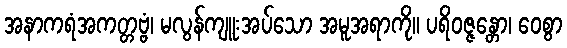
အနာကရံအကတ္တဗ္ဗံ၊ မလွန်ကျူးအပ်သော အမူအရာကို။ ပရိဝဇ္ဇန္တော၊ ဝေစွာ